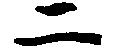
二